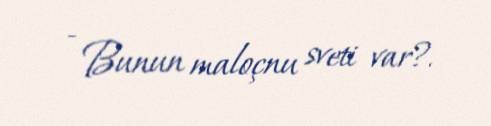
- Bunun maloçnu sveti var?.